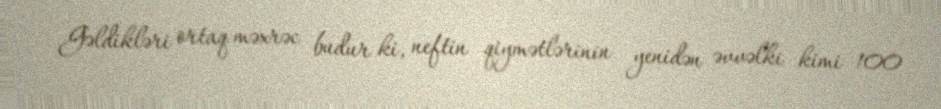
Gəldikləri ortaq məxrəc budur ki, neftin qiymətlərinin yenidən əvvəlki kimi 100